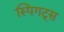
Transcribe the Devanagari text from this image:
स्पिगट्स